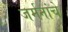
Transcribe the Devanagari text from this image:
जर्मनांचे